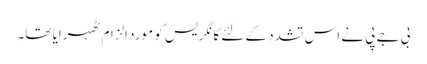
بی جے پی نے اس تشدد کے لئے کانگریس کو مورد الزام ٹھہرایا تھا۔